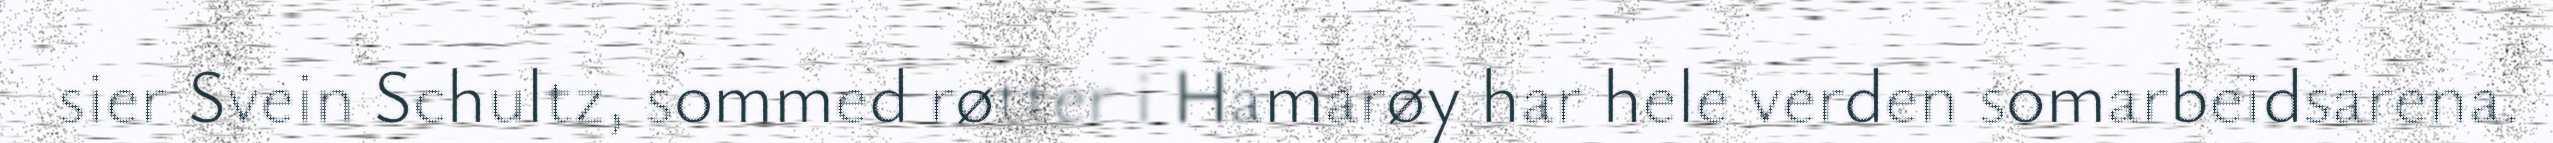
sier Svein Schultz, sommed røtter i Hamarøy har hele verden somarbeidsarena.